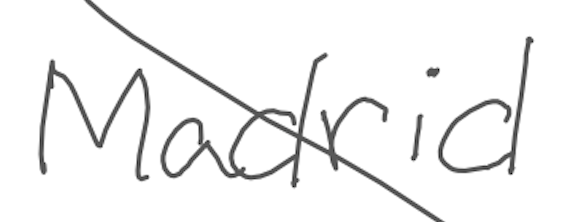
Text: Madrid
Cross-out: mix
Writing tool: digital_gray